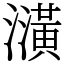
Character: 㶂